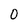
Character: 0